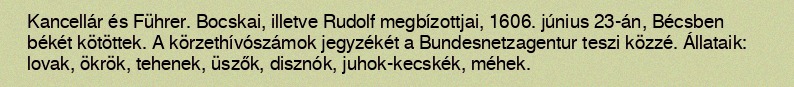
Kancellár és Führer. Bocskai, illetve Rudolf megbízottjai, 1606. június 23-án, Bécsben békét kötöttek. A körzethívószámok jegyzékét a Bundesnetzagentur teszi közzé. Állataik: lovak, ökrök, tehenek, üszők, disznók, juhok-kecskék, méhek.